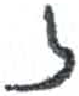
אות: ז